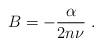
LaTeX: \begin{align*}B = -\frac{\alpha}{2 n \nu}~.\end{align*}